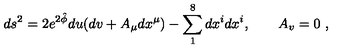
d s ^ { 2 } = 2 e ^ { 2 \hat { \phi } } d u ( d v + A _ { \mu } d x ^ { \mu } ) - \sum _ { 1 } ^ { 8 } d x ^ { i } d x ^ { i } , \qquad A _ { v } = 0 \ ,